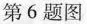
第6题图